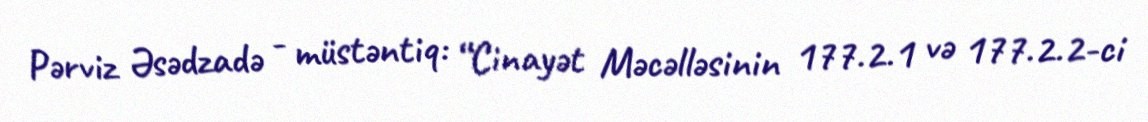
Pərviz Əsədzadə - müstəntiq: “Cinayət Məcəlləsinin 177.2.1 və 177.2.2-ci